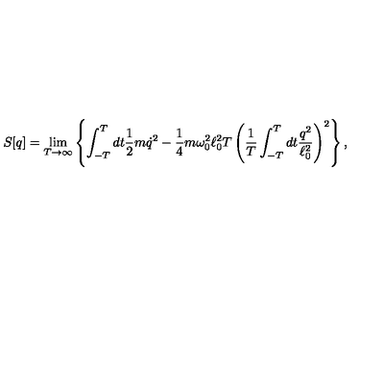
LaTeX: S [ q ] = \lim _ { T \rightarrow \infty } \left\{ \int _ { - T } ^ { T } d t \frac 1 2 m \dot { q } ^ { 2 } - \frac 1 4 m \omega _ { 0 } ^ { 2 } \ell _ { 0 } ^ { 2 } T \left( { \frac { 1 } { T } } \int _ { - T } ^ { T } d t { \frac { q ^ { 2 } } { \ell _ { 0 } ^ { 2 } } } \right) ^ { 2 } \right\} ,